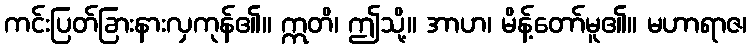
ကင်းပြတ်ခြားနားလှကုန်၏။ ဣတိ၊ ဤသို့။ အာဟ၊ မိန့်တော်မူ၏။ မဟာရာဇ၊